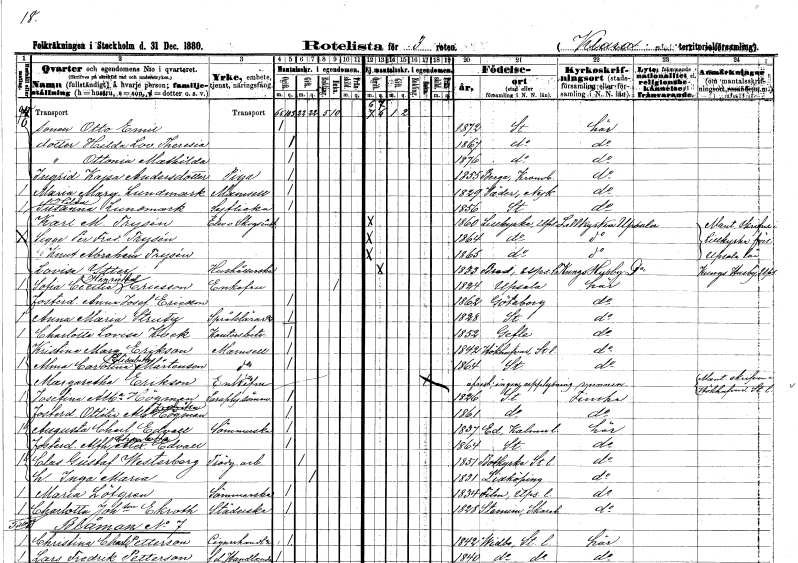
gt_parse: households: individuals: FN: Otto Emil
KON: M
CIV: O
FODAR: 1872
FODFORS: Stockholm
FN: Hilda Lovisa Theresia
KON: K
CIV: O
FODAR: 1867
FODFORS: Stockholm
FN: Ottonia Mathilda
KON: K
CIV: O
FODAR: 1876
FODFORS: Stockholm
FN: Ingrid Kajsa
EN: Andersdotter
YRKE: Piga
KON: K
CIV: O
FODAR: 1855
FODFORS: Berga Kronobergs län
FN: Maria Margreta
EN: Lundmark
KON: K
CIV: O
FODAR: 1829
FODFORS: Jäder Södermanlands län
FN: Hilda Susanna
EN: Lundmark
YRKE: Syflicka
KON: K
CIV: O
FODAR: 1856
FODFORS: Stockholm
FN: Karl M.
EN: Trysén
YRKE: Skogselev
KON: M
CIV: O
FODAR: 1860
FODFORS: Lillkyrka Uppsala län
FN: Sigge Per Fredrik
EN: Trysén
KON: M
CIV: O
FODAR: 1864
FODFORS: Lillkyrka Uppsala län
FN: Knut Abraham
EN: Trysén
KON: M
CIV: O
FODAR: 1865
FODFORS: Lillkyrka Uppsala län
FN: Lovisa
EN: Ytter
YRKE: Hushållerska
KON: K
CIV: O
FODAR: 1833
FODFORS: Bred Uppsala län
FN: Sofia Cecilia Henrietta
EN: Ericsson
KON: K
CIV: E
FODAR: 1824
FODFORS: Uppsala Uppsala län
FN: Anna Josefina
EN: Ericsson
KON: K
CIV: O
FODAR: 1862
FODFORS: Göteborg Göteborgs- och Bohuslän
FN: Anna Maria
EN: Strutz
YRKE: Språklärare
KON: K
CIV: O
FODAR: 1828
FODFORS: Stockholm
FN: Charlotta Lovisa
EN: Kock
YRKE: Kontorsbiträde
KON: K
CIV: O
FODAR: 1852
FODFORS: Gävle Gävleborgs län
FN: Kristina Margreta
EN: Erikson
KON: K
CIV: O
FODAR: 1842
FODFORS: Hökhuvud Uppsala län
FN: Alma Carolina Elisabeth
EN: Mårtenson
KON: K
CIV: O
FODAR: 1864
FODFORS: Stockholm
FN: Margaretha
EN: Erikson
KON: K
CIV: E
FODAR: ????
FN: Josefina Albertina
EN: Högman
YRKE: Paraplysömmerska
KON: K
CIV: O
FODAR: 1826
FODFORS: Stockholm
FN: Ottilia Albertina Fredrika
EN: Högman
KON: K
CIV: O
FODAR: 1861
FODFORS: Stockholm
FN: Augusta Charlotta
EN: Edvall
YRKE: Sömmerska
KON: K
CIV: O
FODAR: 1837
FODFORS: Ed Kalmar län
FN: Alfhild Charlotta Alexandra
EN: Edvall
KON: K
CIV: O
FODAR: 1864
FODFORS: Stockholm
FN: Clas Gustaf
EN: Westerberg
YRKE: Trädgårdsarbetare
KON: M
CIV: G
FODAR: 1851
FODFORS: Botkyrka Stockholms län
FN: Inga Maria
KON: K
CIV: G
FODAR: 1831
FODFORS: Lidköping Skaraborgs län
FN: Maria
EN: Löfgren
YRKE: Sömmerska
KON: K
CIV: O
FODAR: 1834
FODFORS: Film Uppsala län
FN: Charlotta
EN: Joh:son Ekroth
YRKE: Städerska
KON: K
CIV: O
FODAR: 1828
FODFORS: Stenum Skaraborgs län
FN: Christina Charlotta
EN: Petterson
YRKE: Cigarrhandlare
KON: K
CIV: O
FODAR: 1842
FODFORS: Vidbo Stockholms län
FN: Lars Fredrik
EN: Petterson
YRKE: Handlande f.d.
KON: M
CIV: O
FODAR: 1840
FODFORS: Vidbo Stockholms län